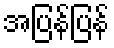
အပြန်ပြန်